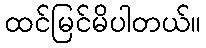
ထင်မြင်မိပါတယ်။